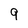
Character: 9